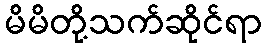
မိမိတို့သက်ဆိုင်ရာ